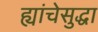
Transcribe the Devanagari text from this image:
ह्यांचेसुद्धा